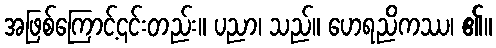
အဖြစ်ကြောင့်၎င်းတည်း။ ပညာ၊ သည်။ ဟေရညိကဿ၊ ၏။